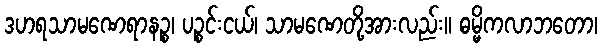
ဒဟရသာမဏေရာနဉ္စ၊ ပဉ္စင်းငယ်၊ သာမဏေတို့အားလည်း။ ဓမ္မိကလာဘတော၊